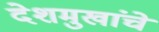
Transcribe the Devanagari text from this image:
देशमुखांचे